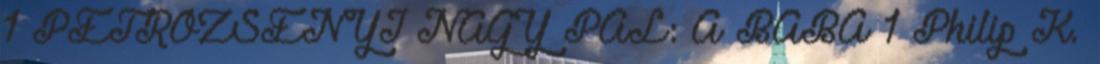
1 PETROZSÉNYI NAGY PÁL: A BABA 1 Philip K.